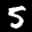
Label: 5